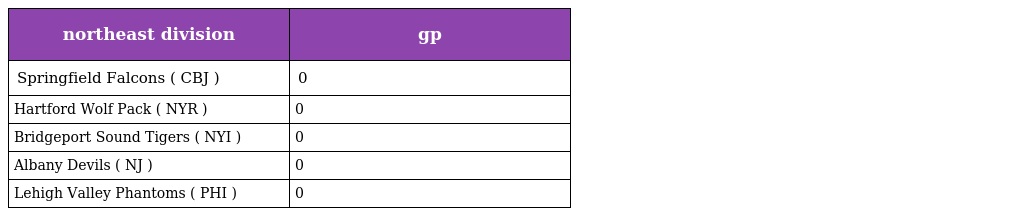
| northeast division | gp |
 | --- | --- |
 | Springfield Falcons ( CBJ ) | 0 |
 | Hartford Wolf Pack ( NYR ) | 0 |
 | Bridgeport Sound Tigers ( NYI ) | 0 |
 | Albany Devils ( NJ ) | 0 |
 | Lehigh Valley Phantoms ( PHI ) | 0 |